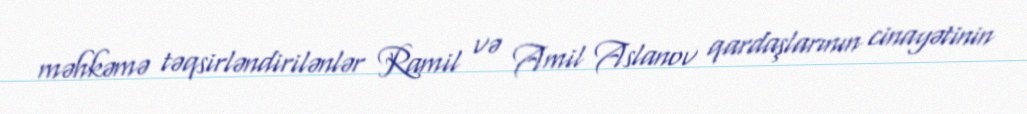
məhkəmə təqsirləndirilənlər Ramil və Amil Aslanov qardaşlarının cinayətinin